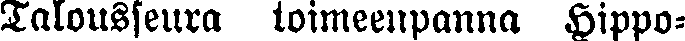
Talousseura toimeenpanna Hippo-